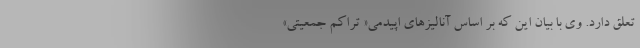
تعلق دارد. وی با بیان این که بر اساس آنالیزهای اپیدمی« تراکم جمعیتی»